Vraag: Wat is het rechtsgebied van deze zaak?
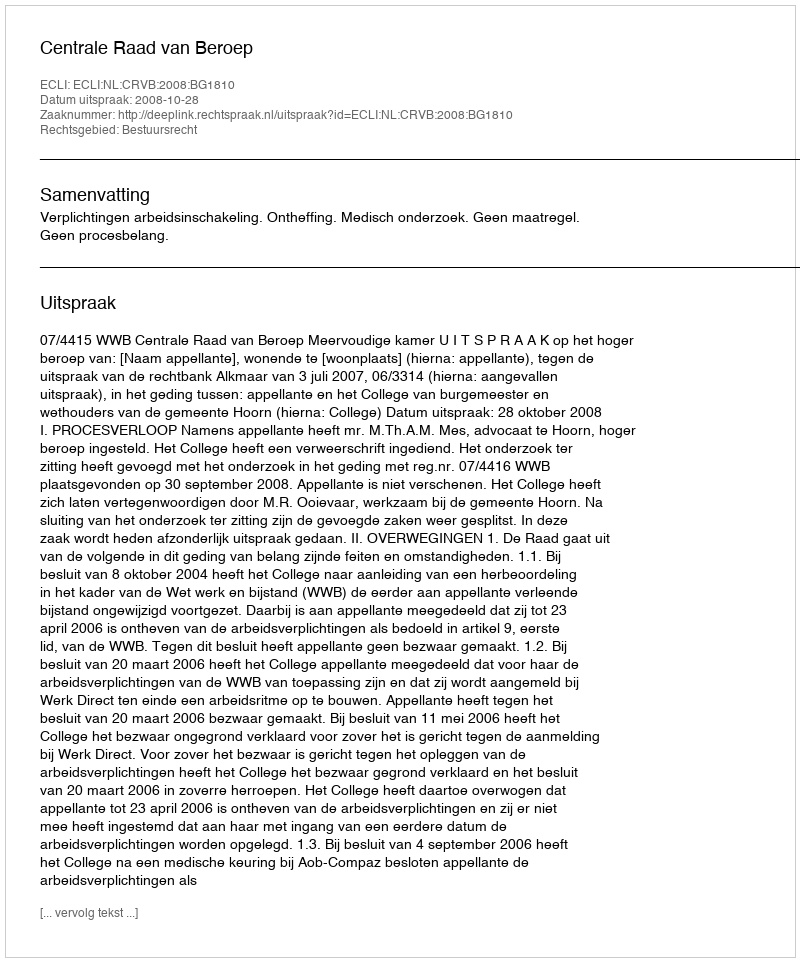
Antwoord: Bestuursrecht